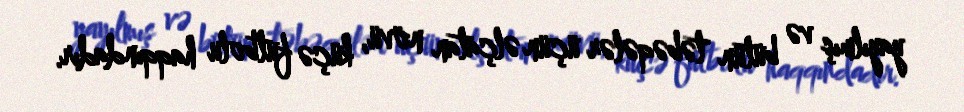
yayılmış və bütün təbəqələr üçün əlçatan növü, küçə futbolu haqqındadır.